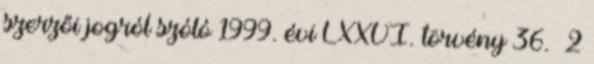
szerzői jogról szóló 1999. évi LXXVI. törvény 36.§ 2